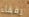
رفقاء